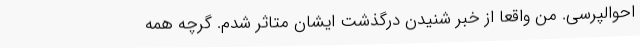
احوالپرسی. من واقعا از خبر شنیدن درگذشت ایشان متاثر شدم. گرچه همه